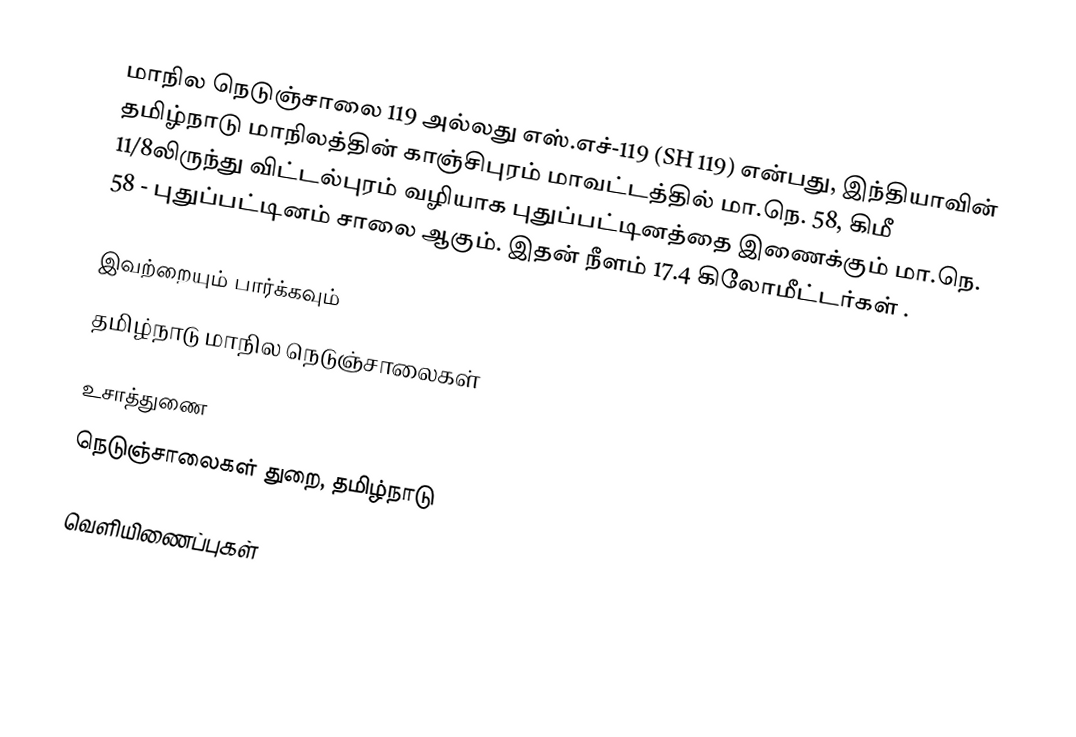
மாநில நெடுஞ்சாலை 119 அல்லது எஸ்.எச்-119 (SH 119) என்பது, இந்தியாவின் தமிழ்நாடு மாநிலத்தின் காஞ்சிபுரம் மாவட்டத்தில் மா.நெ. 58, கிமீ 11/8லிருந்து விட்டல்புரம் வழியாக புதுப்பட்டினத்தை இணைக்கும் மா.நெ. 58 - புதுப்பட்டினம் சாலை ஆகும். இதன் நீளம் 17.4  கிலோமீட்டர்கள் .

இவற்றையும் பார்க்கவும்
 தமிழ்நாடு மாநில நெடுஞ்சாலைகள்

உசாத்துணை
 நெடுஞ்சாலைகள் துறை, தமிழ்நாடு

வெளியிணைப்புகள்